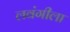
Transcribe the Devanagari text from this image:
लवंगीला